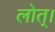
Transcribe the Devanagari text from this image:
लोत्।